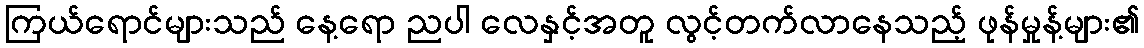
ကြယ်ရောင်များသည် နေ့ရော ညပါ လေနှင့်အတူ လွင့်တက်လာနေသည့် ဖုန်မှုန့်များ၏